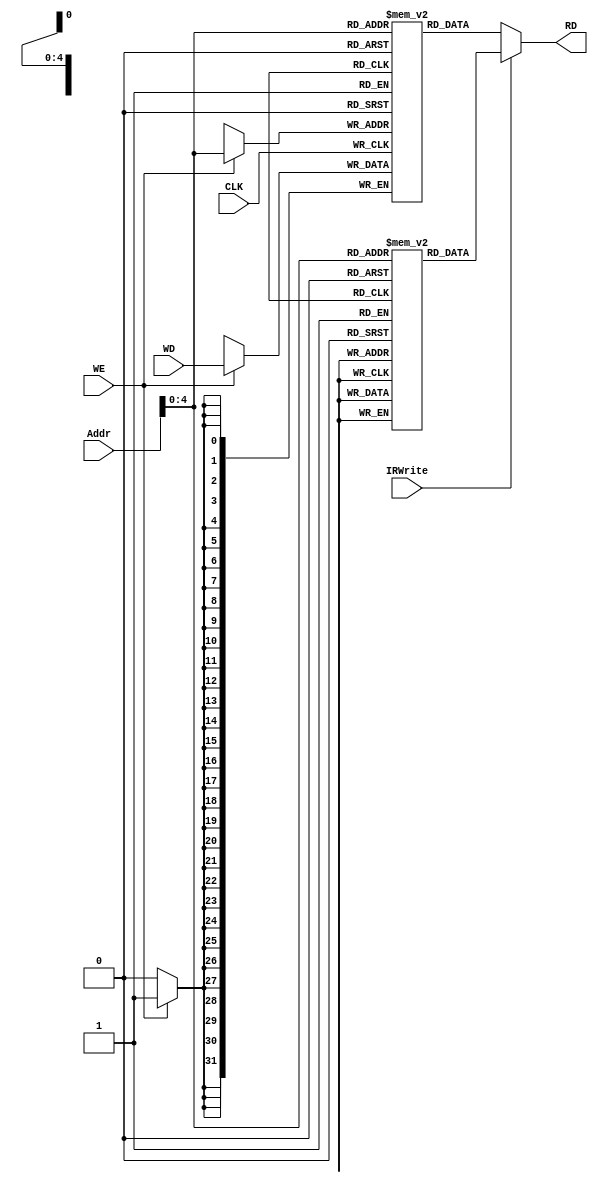
`timescale 1ns / 1ps
//////////////////////////////////////////////////////////////////////////////////
// Company: 
// Engineer: 
// 
// Design Name: 
// Module Name: Ideal_Memory
// Project Name: 
// Target Devices: 
// Tool Versions: 
// Description: 
// 
// Dependencies: 
// 
// Revision:
// Revision 0.01 - File Created
// Additional Comments:
// 
//////////////////////////////////////////////////////////////////////////////////


module Ideal_Memory(input CLK,input [31:0]Addr,input [31:0]WD,input WE,output reg [31:0]RD,input IRWrite

    );
   parameter [5:0] ori = 6'b010010,
                     addi=6'b000010,
                     R_type = 6'b100000,
                     add = 6'b000000,
                     sub = 6'b000001,
                     slt = 6'b100110,
                     sw = 6'b110000,
                     lw = 6'b110001,
                     beq = 6'b110100,
                     bne=6'b110101,
                     Or = 6'b010000,
                     And = 6'b010001,
                     jump=6'b111000,
                     stop = 6'b111111;
            
  parameter   r0=5'b00000,r1=5'b00001,r2=5'b00010,r3=5'b00011,r4=5'b00100,r5=5'b00101,r6=5'b00110,r7=5'b00111,
              r8=5'b01000,zero=5'b01001;
  parameter [15:0] sort_loop1=16'b0000_0000_0000_0101,
                    sort_loop2=16'b0000_0000_0000_0000,
                    sort_next=16'b0000_0000_0000_1101;
                    
    reg [31:0]InsMem[31:0];
    reg [31:0]DaMem[31:0];
    initial begin
   /*InsMem[0]={addi ,r1,r1,16'b0000_0000_0000_0100};
    InsMem[1]={addi ,r0,r5,16'b0000_0000_0000_0001};
    InsMem[2]= {addi ,r1,r1,16'b0000_0000_0000_0100}; 
    InsMem[3]= {addi ,r0,r0,16'b0000_0000_0000_0100}; */
    /*InsMem[0]={lw,r0,r3,16'b0000_0000_0000_0010};
    InsMem[1]={lw ,r1,r4,16'b0000_0000_0000_0010};
    //InsMem[2]= {R_type,r2,r4,r7,5'b0000,slt}; 
    InsMem[2]= {beq ,r3, r4, 16'b0000_0000_0000_0100}; 
    InsMem[7]=  {addi,r0,r5,16'b0000_0000_0000_0100}; */
    //InsMem[4]={bne,r2,r4,16'b0000_0000_0000_0001};
   // InsMem[5]={jump, 26'b0000_0000_0000_0000_0000_0111_00};
    //InsMem[7]=  {sw,r1,r3,16'b0000_0000_0000_0000};
    //InsMem[7]={R_type,r3,r4,r6,5'b0000,add};
    //InsMem[3] = {addi, r2,r2,16'b1111_111_1111_1111};
    //InsMem[4] = {jump ,26'b0000_0000_0000_0000_0000_0110_00};
    //InsMem[6]=  {sw,r0,r2,16'b0000_0000_0000_0000};*/
    
    InsMem[0] = {addi,zero,r1,16'b0000_0000_0000_0001}; //r1
    InsMem[1] = {addi,zero,r0,16'b0000_0000_0000_0000};    //r0
    InsMem[2] = {addi, zero,r2,16'b0000_0000_0000_0101};//r2
    InsMem[3] = {lw,r0,r3,16'b0000_0000_0000_0000}; //sort_loop  
    
    InsMem[4] = {lw ,r1,r4,16'b0000_0000_0000_0000};//
    
    InsMem[5]= {R_type,r3,r4,r7,5'b0000,slt}; //r3 r4boolt0  r4>r3  t0=1; r4<=r3  t0=0;
    InsMem[6]= {beq,r7,zero,sort_next}; //
    
    InsMem[7]=  {sw,r0,r4,16'b0000_0000_0000_0000};
    InsMem[8]=  {sw,r1,r3,16'b0000_0000_0000_0000};//
    
    InsMem[9]=  {addi ,r1,r6,16'b0000_0000_0000_0001};//     sort_next
    InsMem[10]= {addi ,r0,r8,16'b0000_0000_0000_0001};//  
    InsMem[11]=  {addi ,r6,r1,16'b0000_0000_0000_0000};
    InsMem[12]= {addi ,r8,r0,16'b0000_0000_0000_0000};
    
    InsMem[13]= {bne ,r0, r2, sort_loop1}; //
    
    InsMem[14]=  {addi ,zero,r0,16'b0000_0000_0000_0000};// 
    InsMem[15]=  {addi ,zero,r1,16'b0000_0000_0000_0001};// 
    
    InsMem[16]=  {addi,zero,r5,16'b0000_0000_0000_0001};//r54
    
    InsMem[17]= {R_type,r2,r5,r2,5'b00000,sub};//  
    
    InsMem[18]= {bne,r0,r2,sort_loop2};//
    
    InsMem[19]=  {jump,26'b0000_0000_0000_0000_0000_0000_11};// sort_loop
    InsMem[20]=  {jump,26'b0000_0000_0000_0000_0000_0010_01};// sort_next
    //InsMem[21]=  {stop,26'b0000_0000_0000_0000_0000_0000_00};
    
    
    
    
    /*InsMem[17]=  {R_type,r3,r4,r6,5'b0000,slt};
    InsMem[18]=  {beq,r7,r6,16'b0000_0000_0000_0011};
    InsMem[19]=  {sw,r0,r3,16'b0000_0000_0000_0000};
    InsMem[20]= {R_type,r0,r4,r3,5'b00000,add};
    InsMem[21]= {lw,r0,r4,16'b0000_0000_0000_0000};
    
    InsMem[22]=  {R_type,r4,r5,r6,5'b0000,slt};
    InsMem[23]=  {beq,r7,r6,16'b0000_0000_0000_0011};
    InsMem[24]=  {sw,r0,r4,16'b0000_0000_0000_0000};
    InsMem[25]= {R_type,r0,r5,r4,5'b00000,add};
    InsMem[26]= {lw,r0,r5,16'b0000_0000_0000_0000};
     
    InsMem[27]={R_type,r8,r7,r8,5'b00000,sub};
    InsMem[28]={beq,r0,r8,16'b0000_0000_0000_0001};*/
    //InsMem[29]={jump,26'b000000_0000_0000_0000_0000_0111};
    //InsMem[30]={jump,26'b000000_0000_0000_0000_0000_0000};
  end
  integer i;
  initial begin 
     for( i=0 ;i<32 ; i= i+1)   DaMem[i] <= 0;
  end
  initial begin
      DaMem[0]<=32'b0000_0000_0000_0000_0000_0000_0000_0010;//8
      DaMem[1]<=32'b0000_0000_0000_0000_0000_0000_0000_0111;//2
      DaMem[2]<=32'b0000_0000_0000_0000_0000_0000_0000_0001;//1
      DaMem[3]<=32'b0000_0000_0000_0000_0000_0000_0000_0011;//7
      DaMem[4]<=32'b0000_0000_0000_0000_0000_0000_0000_1001;//4
  end 

    always @(posedge CLK ) begin
    if (WE) begin
        DaMem[Addr]<=WD;
    end
     
     //$display(" now Addr %d",Addr>>2);
     //$display(" now RD %d",RD);
      $display("DaMem0      DaMem1      DaMem2       DaMem3      DaMem4       DaMem5       DaMem6      DaMem7       DaMem8");
      $display("%h %h %h %h %h %h %h %h %h",DaMem[0],DaMem[1],DaMem[2],DaMem[3],DaMem[4],DaMem[5],DaMem[6],DaMem[7],DaMem[8]);
       
    end
   /* always @(WE) begin
        $display("DaMem0      DaMem1      DaMem2       DaMem3      DaMem4       DaMem5       DaMem6      DaMem7       DaMem8");
        $display("%h %h %h %h %h %h %h %h %h",DaMem[0],DaMem[1],DaMem[2],DaMem[3],DaMem[4],DaMem[5],DaMem[6],DaMem[7],DaMem[8]);
    end*/
    always @(*) begin
        if(IRWrite /*& ~WE*/) begin 
         RD<=InsMem[Addr];
     end
     else /*if (~IRWrite )  */begin
         RD<=DaMem[Addr];
     end
      
    end
    
endmodule